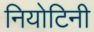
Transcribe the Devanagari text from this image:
नियोटिनी